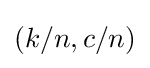
\left(k/n,c/n\right)